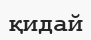
қидай